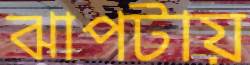
ঝাপটায়